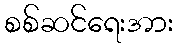
စစ်ဆင်ရေးအား